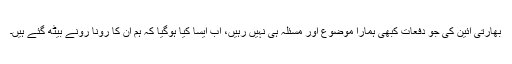
بھارتی آئین کی جو دفعات کبھی ہمارا موضوع اور مسئلہ ہی نہیں رہیں، اب ایسا کیا ہوگیا کہ ہم ان کا رونا رونے بیٹھ گئے ہیں۔